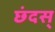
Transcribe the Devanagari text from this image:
छंदस्